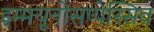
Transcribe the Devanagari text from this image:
इम्मयूनोसप्पेस्सिव